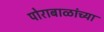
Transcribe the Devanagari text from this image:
पोराबाळांच्या